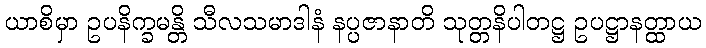
ယာစိမှာ ဥပနိက္ခမန္တိ သီလသမာဒါနံ နပ္ပဇာနာတိ သုတ္တနိပါတဋ္ဌ ဥပဋ္ဌာနတ္ထာယ